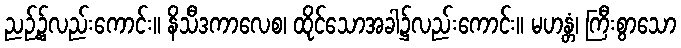
ညဉ့်၌လည်းကောင်း။ နိသီဒကာလေစ၊ ထိုင်သောအခါ၌လည်းကောင်း။ မဟန္တံ၊ ကြီးစွာသော